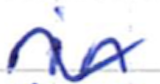
Text: in
Cross-out: wave
Writing tool: ballpoint